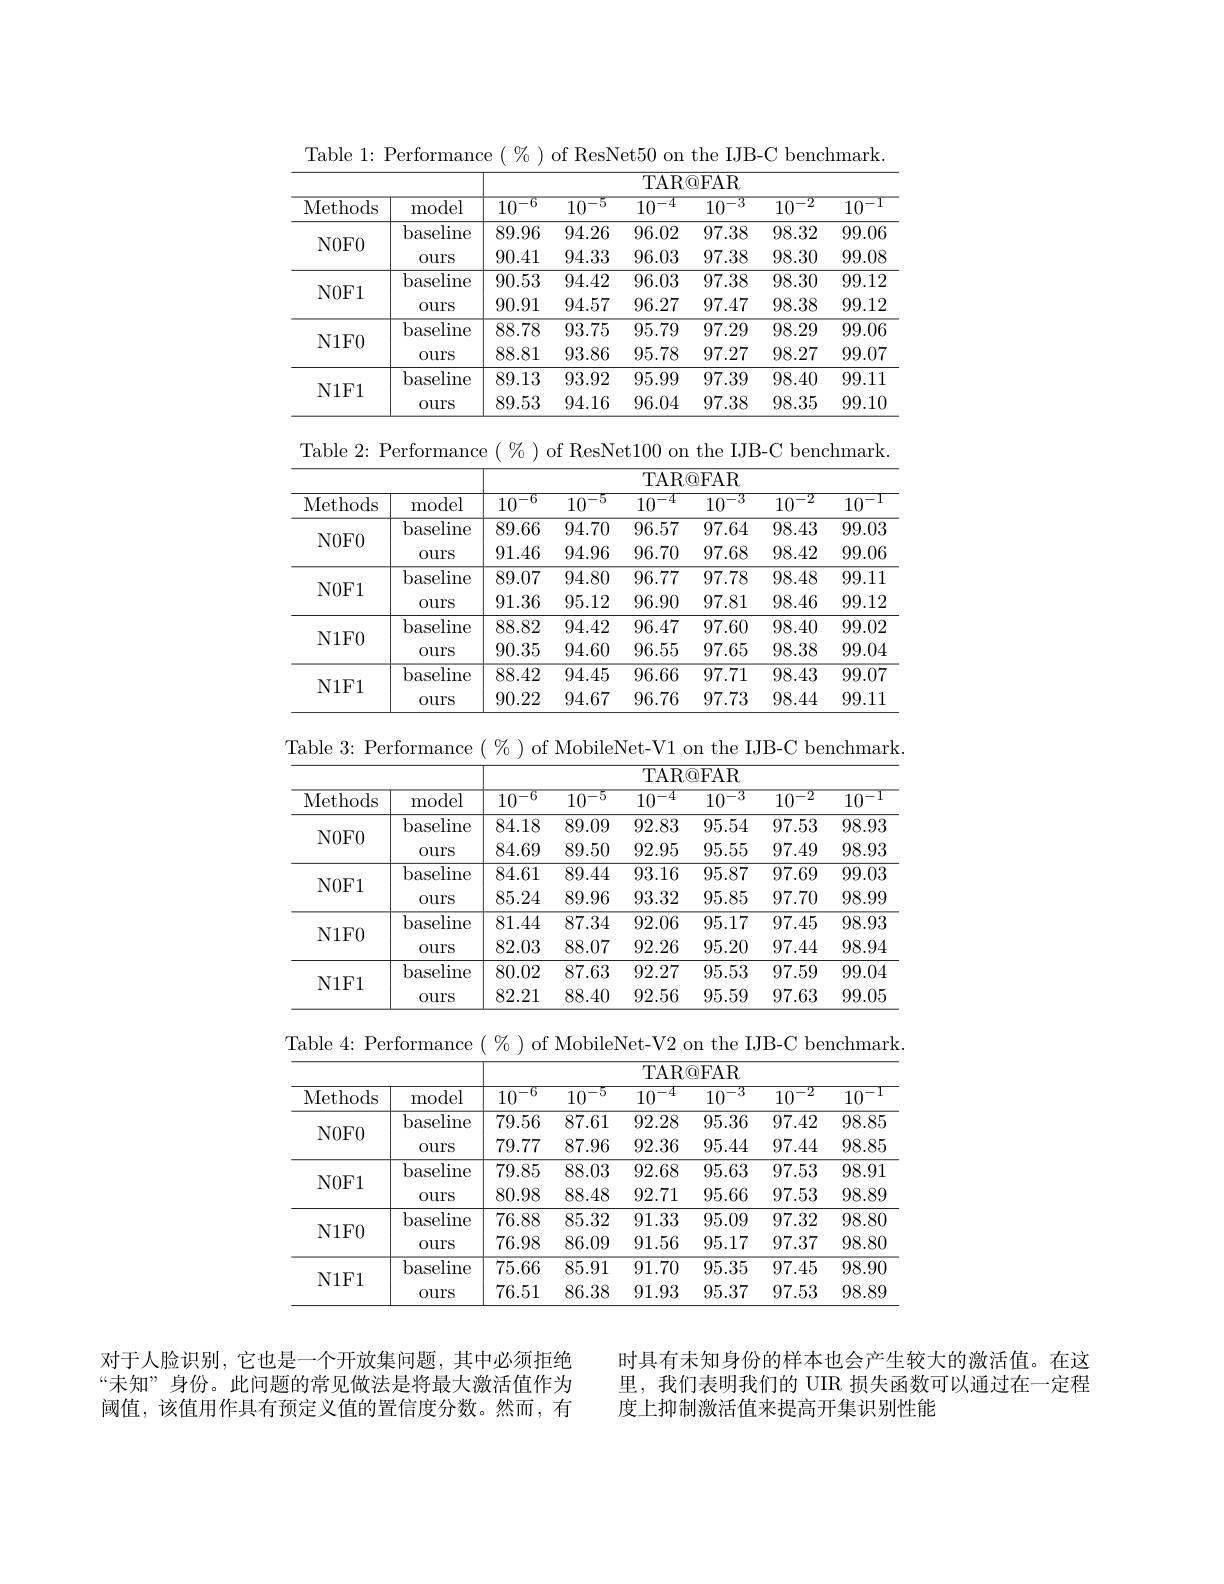
IJB- C
<table>
	<tbody>
		<tr>
			<th rowspan="2">Methods</th>
			<th> </th>
			<th colspan="6">TAR@ FAR</th>
		</tr>
		<tr>
			<th>model</th>
			<th>$10^{-6}$</th>
			<th>$10^{-5}$</th>
			<th>$10^{-4}$</th>
			<th>$10^{-3}$</th>
			<th>$10^{-2}$</th>
			<th>$10^{-1}$</th>
		</tr>
		<tr>
			<td rowspan="2">$N0F0$</td>
			<td>baseline</td>
			<td>89.96</td>
			<td>94.26</td>
			<td>96.02</td>
			<td>97.38</td>
			<td>98.32</td>
			<td>99.06</td>
		</tr>
		<tr>
			<td>$0urs$</td>
			<td>90.41</td>
			<td>94.33</td>
			<td>96.03</td>
			<td>97.38</td>
			<td>98.30</td>
			<td>99.08</td>
		</tr>
		<tr>
			<td rowspan="2">$N0F1$</td>
			<td>baseline</td>
			<td>90.53</td>
			<td>94.42</td>
			<td>96.03</td>
			<td>97.38</td>
			<td>98.30</td>
			<td>99.12</td>
		</tr>
		<tr>
			<td>$0urs$</td>
			<td>90.91</td>
			<td>94.57</td>
			<td>96.27</td>
			<td>97.47</td>
			<td>98.38</td>
			<td>99.12</td>
		</tr>
		<tr>
			<td rowspan="2">$N1F0$</td>
			<td>baseline</td>
			<td>88.78</td>
			<td>93.75</td>
			<td>95.79</td>
			<td>97.29</td>
			<td>98.29</td>
			<td>99.06</td>
		</tr>
		<tr>
			<td>$0urs$</td>
			<td>88.81</td>
			<td>93.86</td>
			<td>95.78</td>
			<td>97.27</td>
			<td>98.27</td>
			<td>99.07</td>
		</tr>
		<tr>
			<td rowspan="2">$N1F1$</td>
			<td>baseline</td>
			<td>89.13</td>
			<td>93.92</td>
			<td>95.99</td>
			<td>97.39</td>
			<td>98.40</td>
			<td>99.11</td>
		</tr>
		<tr>
			<td>$0urs$</td>
			<td>89.53</td>
			<td>94.16</td>
			<td>96.04</td>
			<td>97.38</td>
			<td>98.35</td>
			<td>99.10</td>
		</tr>
	</tbody>
</table>

Table 2: Performance $(\%)$ of ResNet100 on the IJB-C benchmark.
<table>
	<tbody>
		<tr>
			<th rowspan="2">Methods</th>
			<th> </th>
			<th colspan="6">TAR@FAR</th>
		</tr>
		<tr>
			<th>model</th>
			<th>$10^{-6}$</th>
			<th>$10^{-5}$</th>
			<th>$10^{-4}$</th>
			<th>$10^{-3}$</th>
			<th>$10^{-2}$</th>
			<th>$10^{-1}$</th>
		</tr>
		<tr>
			<td rowspan="2">$N0F0$</td>
			<td>baseline</td>
			<td>89.66</td>
			<td>94.70</td>
			<td>96.57</td>
			<td>97.64</td>
			<td>98.43</td>
			<td>99.03</td>
		</tr>
		<tr>
			<td>$0urs$</td>
			<td>91.46</td>
			<td>94.96</td>
			<td>96.70</td>
			<td>97.68</td>
			<td>98.42</td>
			<td>99.06</td>
		</tr>
		<tr>
			<td rowspan="2">$N0F1$</td>
			<td>baseline</td>
			<td>89.07</td>
			<td>94.80</td>
			<td>96.77</td>
			<td>97.78</td>
			<td>98.48</td>
			<td>99.11</td>
		</tr>
		<tr>
			<td>$0urs$</td>
			<td>91.36</td>
			<td>95.12</td>
			<td>96.90</td>
			<td>97.81</td>
			<td>98.46</td>
			<td>99.12</td>
		</tr>
		<tr>
			<td rowspan="2">$N1F0$</td>
			<td>baseline</td>
			<td>88.82</td>
			<td>94.42</td>
			<td>96.47</td>
			<td>97.60</td>
			<td>98.40</td>
			<td>99.02</td>
		</tr>
		<tr>
			<td>$0urs$</td>
			<td>90.35</td>
			<td>94.60</td>
			<td>96.55</td>
			<td>97.65</td>
			<td>98.38</td>
			<td>99.04</td>
		</tr>
		<tr>
			<td rowspan="2">$N1F1$</td>
			<td>baseline</td>
			<td>88.42</td>
			<td>94.45</td>
			<td>96.66</td>
			<td>97.71</td>
			<td>98.43</td>
			<td>99.07</td>
		</tr>
		<tr>
			<td>$0urs$</td>
			<td>90.22</td>
			<td>94.67</td>
			<td>96.76</td>
			<td>97.73</td>
			<td>98.44</td>
			<td>99.11</td>
		</tr>
	</tbody>
</table>

<table>
	<tbody>
		<tr>
			<th rowspan="2">Methods</th>
			<th> </th>
			<th colspan="6">TAR@ FAR</th>
		</tr>
		<tr>
			<th>model</th>
			<th>$10^{-6}$</th>
			<th>$10^{-5}$</th>
			<th>$10^{-4}$</th>
			<th>$10^{-3}$</th>
			<th>$10^{-2}$</th>
			<th>$10^{-1}$</th>
		</tr>
		<tr>
			<td rowspan="2">$N0F0$</td>
			<td>baseline</td>
			<td>84.18</td>
			<td>89.09</td>
			<td>92.83</td>
			<td>95.54</td>
			<td>97.53</td>
			<td>98.93</td>
		</tr>
		<tr>
			<td>$0urs$</td>
			<td>84.69</td>
			<td>89.50</td>
			<td>92.95</td>
			<td>95.55</td>
			<td>97.49</td>
			<td>98.93</td>
		</tr>
		<tr>
			<td rowspan="2">$N0F1$</td>
			<td>baseline</td>
			<td>84.61</td>
			<td>89.44</td>
			<td>93.16</td>
			<td>95.87</td>
			<td>97.69</td>
			<td>99.03</td>
		</tr>
		<tr>
			<td>$0urs$</td>
			<td>85.24</td>
			<td>89.96</td>
			<td>93.32</td>
			<td>95.85</td>
			<td>97.70</td>
			<td>98.99</td>
		</tr>
		<tr>
			<td rowspan="2">$N1F0$</td>
			<td>baseline</td>
			<td>81.44</td>
			<td>87.34</td>
			<td>92.06</td>
			<td>95.17</td>
			<td>97.45</td>
			<td>98.93</td>
		</tr>
		<tr>
			<td>$0urs$</td>
			<td>82.03</td>
			<td>88.07</td>
			<td>92.26</td>
			<td>95.20</td>
			<td>97.44</td>
			<td>98.94</td>
		</tr>
		<tr>
			<td rowspan="2">$N1F1$</td>
			<td>baseline</td>
			<td>80.02</td>
			<td>87.63</td>
			<td>92.27</td>
			<td>95.53</td>
			<td>97.59</td>
			<td>99.04</td>
		</tr>
		<tr>
			<td>$0urs$</td>
			<td>82.21</td>
			<td>88.40</td>
			<td>92.56</td>
			<td>95.59</td>
			<td>97.63</td>
			<td>99.05</td>
		</tr>
	</tbody>
</table>

Table 4: Performance $(\%)$ of MobileNet-V2 on the IJB-C benchmark.
<table>
	<tbody>
		<tr>
			<th rowspan="2">Methods</th>
			<th> </th>
			<th colspan="6">TAR@ FAR</th>
		</tr>
		<tr>
			<th>model</th>
			<th>$10^{-6}$</th>
			<th>$10^{-5}$</th>
			<th>$10^{-4}$</th>
			<th>$10^{-3}$</th>
			<th>$10^{-2}$</th>
			<th>$10^{-1}$</th>
		</tr>
		<tr>
			<td rowspan="2">$N0F0$</td>
			<td>baseline</td>
			<td>79.56</td>
			<td>87.61</td>
			<td>92.28</td>
			<td>95.36</td>
			<td>97.42</td>
			<td>98.85</td>
		</tr>
		<tr>
			<td>$0urs$</td>
			<td>79.77</td>
			<td>87.96</td>
			<td>92.36</td>
			<td>95.44</td>
			<td>97.44</td>
			<td>98.85</td>
		</tr>
		<tr>
			<td rowspan="2">$N0F1$</td>
			<td>baseline</td>
			<td>79.85</td>
			<td>88.03</td>
			<td>92.68</td>
			<td>95.63</td>
			<td>97.53</td>
			<td>98.91</td>
		</tr>
		<tr>
			<td>$0urs$</td>
			<td>80.98</td>
			<td>88.48</td>
			<td>92.71</td>
			<td>95.66</td>
			<td>97.53</td>
			<td>98.89</td>
		</tr>
		<tr>
			<td rowspan="2">$N1F0$</td>
			<td>baseline</td>
			<td>76.88</td>
			<td>85.32</td>
			<td>91.33</td>
			<td>95.09</td>
			<td>97.32</td>
			<td>98.80</td>
		</tr>
		<tr>
			<td>$0urs$</td>
			<td>76.98</td>
			<td>86.09</td>
			<td>91.56</td>
			<td>95.17</td>
			<td>97.37</td>
			<td>98.80</td>
		</tr>
		<tr>
			<td rowspan="2">$N1F1$</td>
			<td>baseline</td>
			<td>75.66</td>
			<td>85.91</td>
			<td>91.70</td>
			<td>95.35</td>
			<td>97.45</td>
			<td>98.90</td>
		</tr>
		<tr>
			<td>$0urs$</td>
			<td>76.51</td>
			<td>86.38</td>
			<td>91.93</td>
			<td>95.37</td>
			<td>97.53</td>
			<td>98.89</td>
		</tr>
	</tbody>
</table>

对于人脸识别，它也是一个开放集问题，其中必须拒绝“未知”身份。此问题的常见做法是将最大激活值作为阈值，该值用作具有预定义值的置信度分数。然而，有

时具有未知身份的样本也会产生较大的激活值。在这里，我们表明我们的 UIR 损失函数可以通过在一定程度上抑制激活值来提高开集识别性能